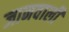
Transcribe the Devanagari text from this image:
जानवाली